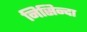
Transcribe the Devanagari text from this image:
निसिन्दा